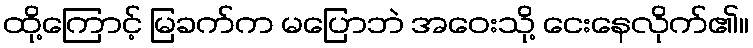
ထို့ကြောင့် မြခက်က မပြောဘဲ အဝေးသို့ ငေးနေလိုက်၏။